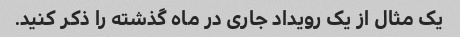
یک مثال از یک رویداد جاری در ماه گذشته را ذکر کنید.